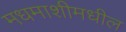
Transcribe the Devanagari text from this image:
मधमाशीमधील